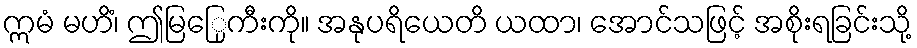
ဣမံ မဟိံ၊ ဤမြြေုကီးကို။ အနုပရိယေတိ ယထာ၊ အောင်သဖြင့် အစိုးရခြင်းသို့